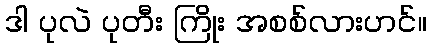
ဒါ ပုလဲ ပုတီး ကြိုး အစစ်လားဟင်။